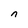
Character: n